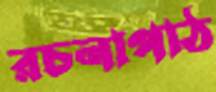
রচনাপাঠ